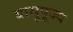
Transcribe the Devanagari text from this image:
बासुपूज्य